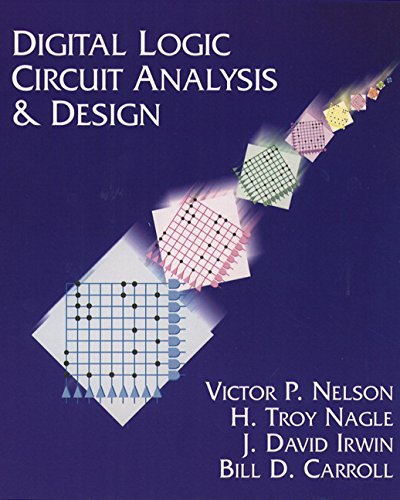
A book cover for Digital Logic Circuit Analysis and Design; Victor P. Nelson; Computers & Technology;